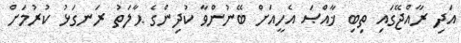
އަދި ރާއްޖޭގައި ތިބި ޚާއްޞަ އެހީއަށް ބޭނުންވާ ކުދިންގެ ޙާލަތު ރަނގަޅު ކުރުމަށް